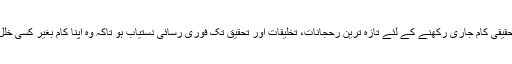
کسی فرد یا ادارے کے لئے ضروری ہے کہ اسے اپنا تحقیقی کام جاری رکھنے کے لئے تازہ ترین رحجانات، تخلیقات اور تحقیق تک فوری رسائی دستیاب ہو تاکہ وہ اپنا کام بغیر کسی خلل کے جاری رکھ سکے اور اس کی یکسوئی متاثر نہ ہو۔